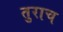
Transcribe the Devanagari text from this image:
तुराच